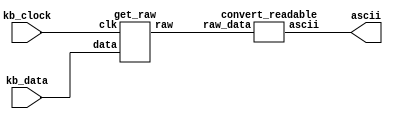
module read_keyboard (kb_data, kb_clock, ascii);
	input kb_data;
	input kb_clock;
	output [6:0] ascii;
	wire [7:0] raw_data;
	
	//Convert keyboard inputs to raw data
	get_raw keys(kb_clock, kb_data, raw_data[7:0]);
	
	// Last step: process ascii's
	convert_readable chars(raw_data[7:0], ascii[6:0]);
	
endmodule

// This module created by aid from a referenced project (Notepad--)
module get_raw(clk, data, raw);
    input wire clk; // Clock pin form keyboard
    input wire data; //Data pin form keyboard
    output reg [7:0] raw;


    reg [7:0] data_curr;
    reg [7:0] data_pre;
    reg [3:0] b;
    reg flag;
    
    initial
    begin
        b<=4'h1;
        flag<=1'b0;
        data_curr<=8'hf0;
        data_pre<=8'hf0;
        raw<=8'hf0;
    end
        
    always @(negedge clk) //Activating at negative edge of clock from keyboard
    begin
    case(b)
        1:; //first bit
        2:data_curr[0]<=data;
        3:data_curr[1]<=data;
        4:data_curr[2]<=data;
        5:data_curr[3]<=data;
        6:data_curr[4]<=data;
        7:data_curr[5]<=data;
        8:data_curr[6]<=data;
        9:data_curr[7]<=data;
        10:flag<=1'b1; //Parity bit
        11:flag<=1'b0; //Ending bit
    endcase
    
    if(b<=10)
        b<=b+1;
    else if(b==11)
        b<=1;
    end
    
    always@(posedge flag) // Printing data obtained to led
    begin
    if(data_curr==8'hf0)
        raw<=data_pre;
    else
        data_pre<=data_curr;
    end
endmodule



module convert_readable(raw_data, ascii);
    input [7:0] raw_data;
	output reg [6:0] ascii;
	
	always @(*)
	begin
		case(raw_data[7:0])
			// only using first two rows of letters for keyboard. Thus, only assigning relevant keys signif. values.
			8'b00011100: ascii = 7'd65; // 'A'
			8'b00100011: ascii = 7'd68; // 'D'
			8'b00100100: ascii = 7'd69; // 'E'
			8'b00101011: ascii = 7'd70; // 'F'
			8'b00110100: ascii = 7'd71; // 'G'
			8'b00110011: ascii = 7'd72; // 'H'
			8'b01000011: ascii = 7'd73; // 'I'
			8'b00111011: ascii = 7'd74; // 'J'
			8'b01000010: ascii = 7'd75; // 'K'
			8'b01001011: ascii = 7'd76; // 'L'
			8'b01000100: ascii = 7'd79; // 'O'
			8'b01001101: ascii = 7'd80; // 'P'
			8'b00010101: ascii = 7'd81; // 'Q'
			8'b00101101: ascii = 7'd82; // 'R'
			8'b00011011: ascii = 7'd83; // 'S'
			8'b00101100: ascii = 7'd84; // 'T'
			8'b00111100: ascii = 7'd85; // 'U'
			8'b00011101: ascii = 7'd87; // 'W'
			8'b00110101: ascii = 7'd89; // 'Y'-----
			8'b00011010: ascii = 7'd90; // 'Z'
			8'b00100010: ascii = 7'd88; // 'X'
			8'b00100001: ascii = 7'd67; // 'C'
			8'b00101010: ascii = 7'd86; // 'V'
			8'b00110010: ascii = 7'd66; // 'B'
			8'b00110001: ascii = 7'd78; // 'N'
			8'b00111010: ascii = 7'd77; // 'M'
    		default: ascii = 7'd32; // all other selected vals
		endcase
	end
	
endmodule